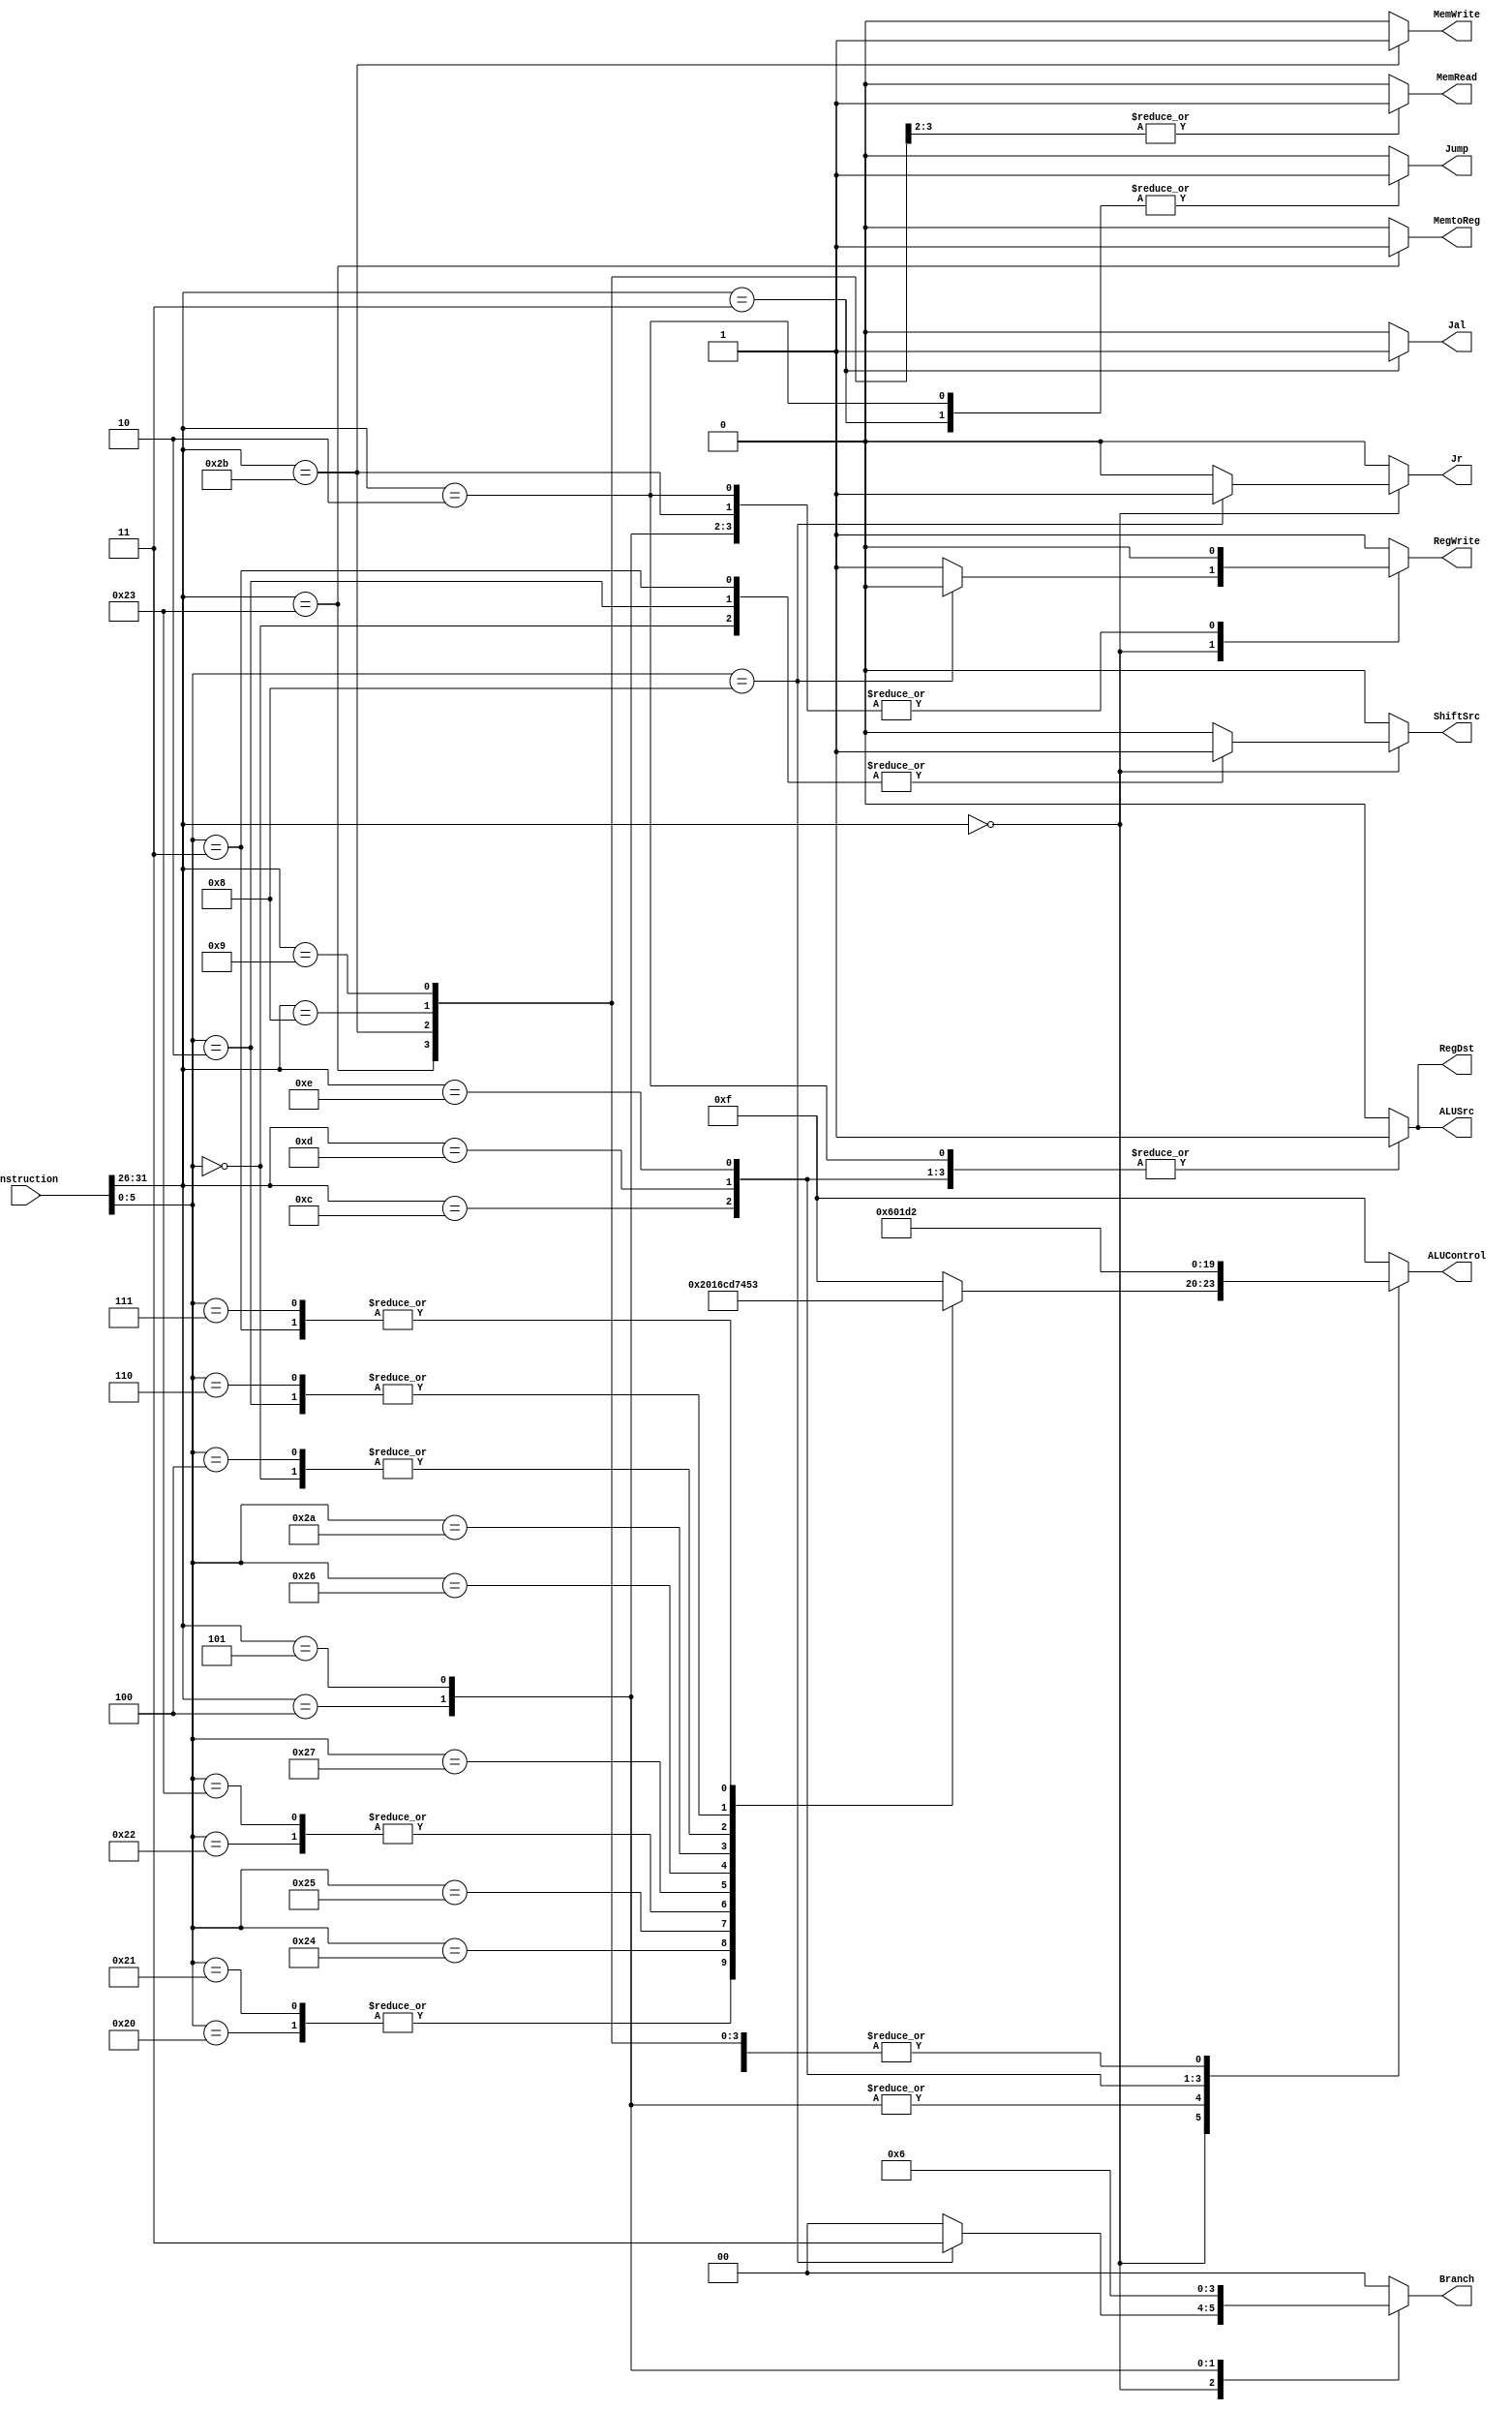
module ControlUnit (
    input [31:0]        instruction, 
    // input               stall, 
    output reg          MemtoReg, 
    output reg          RegWrite, 
    output reg          MemWrite, 
    output reg          MemRead, 
    output reg [1:0]    Branch, 
    output reg [3:0]    ALUControl, 
    output reg          ALUSrc, 
    output reg          RegDst, 
    output reg          Jump, 
    output reg          Jal, 
    output reg          Jr, 
    output reg          ShiftSrc // 1 -> shamt, 0 -> rs
); 
    /* 
    * Implementation notes:
    * ---------------------
    * Support instructions:
    *      lw, sw, add, sub, 
    *      and, or, beq, slt, 
    * 
    * -----------------------
    * Branch:
    *      00 -> not branching
    *      10 -> bne
    *      01 -> beq 
    *
    * ALUSrc:
    *      0 -> readData2 (from register file)
    *      1 -> immediage number (from sign-extension)
    *
    * RedDst:
    *      0 -> normal rd (for R-type instructions)
    *      1 -> rt (for some other load/store instructions)
    */ 

    wire [31:0]         instruction;
    // wire                stall;

    always @(*) begin
        /* defaults */
        MemtoReg <= 1'b0;
        RegWrite <= 1'b1;
        MemWrite <= 1'b0;
        MemRead <= 0;
        Branch <= 2'b00;
        ALUControl <= 4'b1111; /* no such control */
        ALUSrc <= 1'b0;
        RegDst <= 1'b0;
        Jump <= 1'b0;
        Jal <= 0;
        Jr <= 0;
        ShiftSrc <= 0;

        /* FROM OLD, WITH BUG
        if (stall) begin 
            MemtoReg <= 0;
            RegWrite <= 0;
            MemWrite <= 0;
            MemRead <= 0;
            Branch <= 2'b00;
            ALUControl <= 4'b1111; 
            ALUSrc <= 0;
            RegDst <= 0;
            Jump <= 1'b0;
        end
        */
        
        case (instruction[31:26])
            6'b000000: begin
                case (instruction[5:0]) 
                    /* add */
                    6'h20: begin
                        MemtoReg <= 0;
                        RegWrite <= 1;
                        MemWrite <= 0;
                        MemRead <= 0;
                        Branch <= 2'b00;
                        ALUControl <= 4'b0010; 
                        ALUSrc <= 0;
                        RegDst <= 0;
                        Jump <= 0;
                        Jal <= 0;
                        ShiftSrc <= 0;
                    end

                    /* addu */
                    6'h21: begin
                        MemtoReg <= 0;
                        RegWrite <= 1;
                        MemWrite <= 0;
                        MemRead <= 0;
                        Branch <= 2'b00;
                        ALUControl <= 4'b0010; 
                        ALUSrc <= 0;
                        RegDst <= 0;
                        Jump <= 0;
                        Jal <= 0;
                        ShiftSrc <= 0;
                        
                    end

                    /* and */
                    6'h24: begin
                        MemtoReg <= 0;
                        RegWrite <= 1;
                        MemWrite <= 0;
                        MemRead <= 0;
                        Branch <= 2'b00;
                        ALUControl <= 4'b0000; 
                        ALUSrc <= 0;
                        RegDst <= 0;
                        Jump <= 0;
                        Jal <= 0;
                        ShiftSrc <= 0;
                    end

                    /* or */
                    6'h25: begin
                        MemtoReg <= 0;
                        RegWrite <= 1;
                        MemWrite <= 0;
                        MemRead <= 0;
                        Branch <= 2'b00;
                        ALUControl <= 4'b0001; 
                        ALUSrc <= 0;
                        RegDst <= 0;
                        Jump <= 0;
                        Jal <= 0;
                        ShiftSrc <= 0;
                        
                    end

                    /* sub */
                    6'h22: begin
                        MemtoReg <= 0;
                        RegWrite <= 1;
                        MemWrite <= 0;
                        MemRead <= 0;
                        Branch <= 2'b00;
                        ALUControl <= 4'b0110; 
                        ALUSrc <= 0;
                        RegDst <= 0;
                        Jump <= 0;
                        Jal <= 0;
                        ShiftSrc <= 0;
                        
                    end

                    /* subu */
                    6'h23: begin
                        MemtoReg <= 0;
                        RegWrite <= 1;
                        MemWrite <= 0;
                        MemRead <= 0;
                        Branch <= 2'b00;
                        ALUControl <= 4'b0110; 
                        ALUSrc <= 0;
                        RegDst <= 0;
                        Jump <= 0;
                        Jal <= 0;
                        ShiftSrc <= 0;
                        
                    end

                    /* nor */
                    6'h27: begin
                        MemtoReg <= 0;
                        RegWrite <= 1;
                        MemWrite <= 0;
                        MemRead <= 0;
                        Branch <= 2'b00;
                        ALUControl <= 4'b1100; 
                        ALUSrc <= 0;
                        RegDst <= 0;
                        Jump <= 0;
                        Jal <= 0;
                        ShiftSrc <= 0;
                        
                    end

                    /* xor */
                    6'h26: begin
                        MemtoReg <= 0;
                        RegWrite <= 1;
                        MemWrite <= 0;
                        MemRead <= 0;
                        Branch <= 2'b00;
                        ALUControl <= 4'b1101; 
                        ALUSrc <= 0;
                        RegDst <= 0;
                        Jump <= 0;
                        Jal <= 0;
                        ShiftSrc <= 0;
                        
                    end

                    /* slt */
                    6'h2a: begin
                        MemtoReg <= 0;
                        RegWrite <= 1;
                        MemWrite <= 0;
                        MemRead <= 0;
                        Branch <= 2'b00;
                        ALUControl <= 4'b0111; 
                        ALUSrc <= 0;
                        RegDst <= 0;
                        Jump <= 0;
                        Jal <= 0;
                        ShiftSrc <= 0;
                        
                    end

                    /* sll */
                    6'h0: begin
                        MemtoReg <= 0;
                        RegWrite <= 1;
                        MemWrite <= 0;
                        MemRead <= 0;
                        Branch <= 2'b00;
                        ALUControl <= 4'b0100; 
                        ALUSrc <= 0;
                        RegDst <= 0;
                        Jump <= 0;
                        Jal <= 0;
                        ShiftSrc <= 1;
                    end

                    /* sllv */
                    6'h4: begin
                        MemtoReg <= 0;
                        RegWrite <= 1;
                        MemWrite <= 0;
                        MemRead <= 0;
                        Branch <= 2'b00;
                        ALUControl <= 4'b0100; 
                        ALUSrc <= 0;
                        RegDst <= 0;
                        Jump <= 0;
                        Jal <= 0;
                        ShiftSrc <= 0;
                    end

                    /* srl */
                    6'h2: begin
                        MemtoReg <= 0;
                        RegWrite <= 1;
                        MemWrite <= 0;
                        MemRead <= 0;
                        Branch <= 2'b00;
                        ALUControl <= 4'b0101; 
                        ALUSrc <= 0;
                        RegDst <= 0;
                        Jump <= 0;
                        Jal <= 0;
                        ShiftSrc <= 1;
                    end

                    /* srlv */
                    6'h6: begin
                        MemtoReg <= 0;
                        RegWrite <= 1;
                        MemWrite <= 0;
                        MemRead <= 0;
                        Branch <= 2'b00;
                        ALUControl <= 4'b0101; 
                        ALUSrc <= 0;
                        RegDst <= 0;
                        Jump <= 0;
                        Jal <= 0;
                        ShiftSrc <= 0;
                    end

                    /* sra */
                    6'h3: begin
                        MemtoReg <= 0;
                        RegWrite <= 1;
                        MemWrite <= 0;
                        MemRead <= 0;
                        Branch <= 2'b00;
                        ALUControl <= 4'b0011; 
                        ALUSrc <= 0;
                        RegDst <= 0;
                        Jump <= 0;
                        Jal <= 0;
                        ShiftSrc <= 1;
                    end

                    /* srav */
                    6'h7: begin
                        MemtoReg <= 0;
                        RegWrite <= 1;
                        MemWrite <= 0;
                        MemRead <= 0;
                        Branch <= 2'b00;
                        ALUControl <= 4'b0011; 
                        ALUSrc <= 0;
                        RegDst <= 0;
                        Jump <= 0;
                        Jal <= 0;
                        ShiftSrc <= 0;
                    end

                    /* jr */
                    6'h8: begin
                        MemtoReg <= 0;
                        RegWrite <= 0;
                        MemWrite <= 0;
                        MemRead <= 0;
                        Branch <= 2'b11;
                        ALUControl <= 4'b1111; 
                        ALUSrc <= 0;
                        RegDst <= 0;
                        Jump <= 0;
                        Jal <= 0;
                        Jr <= 1;
                        ShiftSrc <= 0;
                    end
                endcase
            end

            /* beq */
            6'h4: begin
                MemtoReg <= 0;
                RegWrite <= 0;
                MemWrite <= 0;
                MemRead <= 0;
                Branch <= 2'b01;
                ALUControl <= 4'b0110; 
                ALUSrc <= 0;
                RegDst <= 0;
                Jump <= 0;
                Jal <= 0;
                ShiftSrc <= 0;
                
            end

            /* bne */
            6'h5: begin
                MemtoReg <= 0;
                RegWrite <= 0;
                MemWrite <= 0;
                MemRead <= 0;
                Branch <= 2'b10;
                ALUControl <= 4'b0110; 
                ALUSrc <= 0;
                RegDst <= 0;
                Jump <= 0;
                Jal <= 0;
                ShiftSrc <= 0;
                
            end
            /* lw */
            6'h23: begin
                MemtoReg <= 1;
                RegWrite <= 1;
                MemWrite <= 0;
                MemRead <= 1;
                Branch <= 2'b00;
                ALUControl <= 4'b0010; 
                ALUSrc <= 1; 
                RegDst <= 1;
                Jump <= 0;
                Jal <= 0;
                ShiftSrc <= 0;
                
            end

            /* sw */
            6'h2b: begin
                MemtoReg <= 0;
                RegWrite <= 0;
                MemWrite <= 1;
                MemRead <= 1;
                Branch <= 2'b00;
                ALUControl <= 4'b0010;
                ALUSrc <= 1; 
                RegDst <= 1;
                Jump <= 0;
                Jal <= 0;
                ShiftSrc <= 0;
                
            end

            /* addi */
            6'h8: begin
                MemtoReg <= 0;
                RegWrite <= 1;
                MemWrite <= 0;
                MemRead <= 0;
                Branch <= 2'b00;
                ALUControl <= 4'b0010;
                ALUSrc <= 1; 
                RegDst <= 1;
                Jump <= 0;
                Jal <= 0;
                ShiftSrc <= 0;
                
            end

            /* addiu */
            6'h9: begin
                MemtoReg <= 0;
                RegWrite <= 1;
                MemWrite <= 0;
                MemRead <= 0;
                Branch <= 2'b00;
                ALUControl <= 4'b0010;
                ALUSrc <= 1; 
                RegDst <= 1;
                Jump <= 0;
                Jal <= 0;
                ShiftSrc <= 0;
                
            end

            /* andi */
            6'hc: begin
                MemtoReg <= 0;
                RegWrite <= 1;
                MemWrite <= 0;
                MemRead <= 0;
                Branch <= 2'b00;
                ALUControl <= 4'b0000;
                ALUSrc <= 1; 
                RegDst <= 1;
                Jump <= 0;
                Jal <= 0;
                ShiftSrc <= 0;
                
            end


            /* ori */
            6'hd: begin
                MemtoReg <= 0;
                RegWrite <= 1;
                MemWrite <= 0;
                MemRead <= 0;
                Branch <= 2'b00;
                ALUControl <= 4'b0001;
                ALUSrc <= 1; 
                RegDst <= 1;
                Jump <= 0;
                Jal <= 0;
                ShiftSrc <= 0;
                
            end

            /* xori */
            6'he: begin
                MemtoReg <= 0;
                RegWrite <= 1;
                MemWrite <= 0;
                MemRead <= 0;
                Branch <= 2'b00;
                ALUControl <= 4'b1101;
                ALUSrc <= 1; 
                RegDst <= 1;
                Jump <= 0;
                Jal <= 0;
                ShiftSrc <= 0;
                
            end

            /* j */
            6'h2: begin
                MemtoReg <= 0;
                RegWrite <= 0;
                MemWrite <= 0;
                MemRead <= 0;
                Branch <= 2'b00;
                ALUControl <= 4'b1111;
                ALUSrc <= 1; 
                RegDst <= 1;
                Jump <= 1;
                Jal <= 0;
                ShiftSrc <= 0;
            end
                
            /* jal */
            6'h3: begin
                MemtoReg <= 0;
                RegWrite <= 1;
                MemWrite <= 0;
                MemRead <= 0;
                Branch <= 2'b00;
                ALUControl <= 4'b0010;
                ALUSrc <= 0; 
                RegDst <= 0;
                Jump <= 1;
                Jal <= 1;
                ShiftSrc <= 0;
            end

        endcase
    end

endmodule